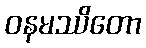
ဝနမဿိတော